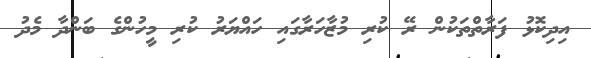
އިދިކޮޅު ފަރާތްތަކުން ރޭ ކުރި މުޒާހަރާގައި ހައްޔަރު ކުރި މީހުންގެ ބަންދާ މެދު